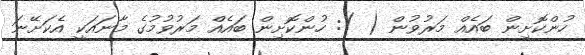
ހުންކޮށިން ބައެއް މަރުވުން ( ): ހުންކޮށިން ބައެއް މަރުވުމުގެ މާނައަކީ އެކަށޭނަ